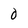
Character: 0